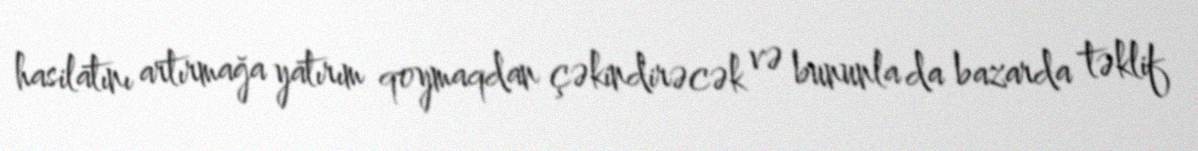
hasilatını artırmağa yatırım qoymaqdan çəkindirəcək və bununla da bazarda təklif